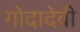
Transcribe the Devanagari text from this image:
गोदादेवी